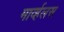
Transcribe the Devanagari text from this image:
मार्व्हलस